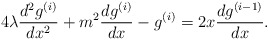
\begin{align*}4\lambda\frac{d^2g^{(i)}}{dx^2}+m^2\frac{dg^{(i)}}{dx}-g^{(i)}=2x\frac{dg^{(i-1)}}{dx}.\end{align*}